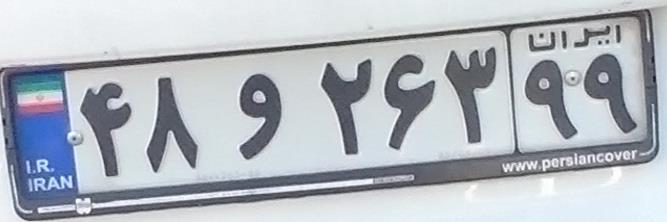
۴۸و۲۶۳۹۹